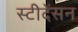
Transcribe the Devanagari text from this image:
स्टीदेंसन